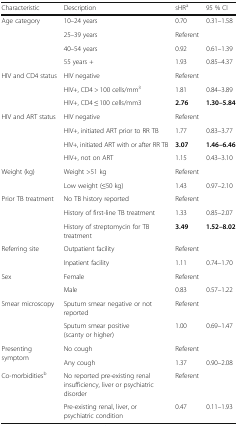
<table><thead><tr><td><b>Characteristic</b></td><td><b>Description</b></td><td><b>sHR<sup>a</sup></b></td><td><b>95 % CI</b></td></tr></thead><tbody><tr><td rowspan="4">Age category</td><td>10–24 years</td><td>0.70</td><td>0.31–1.58</td></tr><tr><td>25–39 years</td><td>Referent</td><td></td></tr><tr><td>40–54 years</td><td>0.92</td><td>0.61–1.39</td></tr><tr><td>55 years +</td><td>1.93</td><td>0.85–4.37</td></tr><tr><td rowspan="3">HIV and CD4 status</td><td>HIV negative</td><td>Referent</td><td></td></tr><tr><td>HIV+, CD4 &gt; 100 cells/mm<sup>3</sup></td><td>1.81</td><td>0.84–3.89</td></tr><tr><td>HIV+, CD4 ≤ 100 cells/mm3</td><td><b>2.76</b></td><td><b>1.30–5.84</b></td></tr><tr><td rowspan="4">HIV and ART status</td><td>HIV negative</td><td>Referent</td><td></td></tr><tr><td>HIV+, initiated ART prior to RR TB</td><td>1.77</td><td>0.83–3.77</td></tr><tr><td>HIV+, initiated ART with or after RR TB</td><td><b>3.07</b></td><td><b>1.46–6.46</b></td></tr><tr><td>HIV+, not on ART</td><td>1.15</td><td>0.43–3.10</td></tr><tr><td rowspan="2">Weight (kg)</td><td>Weight &gt;51 kg</td><td>Referent</td><td></td></tr><tr><td>Low weight (≤50 kg)</td><td>1.43</td><td>0.97–2.10</td></tr><tr><td rowspan="3">Prior TB treatment</td><td>No TB history reported</td><td>Referent</td><td></td></tr><tr><td>History of first-line TB treatment</td><td>1.33</td><td>0.85–2.07</td></tr><tr><td>History of streptomycin for TB treatment</td><td><b>3.49</b></td><td><b>1.52–8.02</b></td></tr><tr><td rowspan="2">Referring site</td><td>Outpatient facility</td><td>Referent</td><td></td></tr><tr><td>Inpatient facility</td><td>1.11</td><td>0.74–1.70</td></tr><tr><td rowspan="2">Sex</td><td>Female</td><td>Referent</td><td></td></tr><tr><td>Male</td><td>0.83</td><td>0.57–1.22</td></tr><tr><td rowspan="2">Smear microscopy</td><td>Sputum smear negative or not reported</td><td>Referent</td><td></td></tr><tr><td>Sputum smear positive (scanty or higher)</td><td>1.00</td><td>0.69–1.47</td></tr><tr><td rowspan="2">Presenting symptom</td><td>No cough</td><td>Referent</td><td></td></tr><tr><td>Any cough</td><td>1.37</td><td>0.90–2.08</td></tr><tr><td>Co-morbidities<sup>b</sup></td><td>No reported pre-existing renal insufficiency, liver or psychiatric disorder</td><td>Referent</td><td></td></tr><tr><td></td><td>Pre-existing renal, liver, or psychiatric condition</td><td>0.47</td><td>0.11–1.93</td></tr></tbody></table>